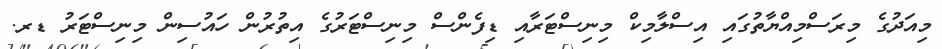
މިއަދުގެ މިރަސްމިއްޔާތުގައި އިސްލާމިކް މިނިސްޓަރާއި ޑިފެންސް މިނިސްޓަރުގެ އިތުރުން ހައުސިން މިނިސްޓަރު ޑރ.